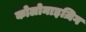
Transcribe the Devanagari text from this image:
कोलोनाइज़िग